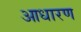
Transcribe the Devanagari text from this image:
आधारण